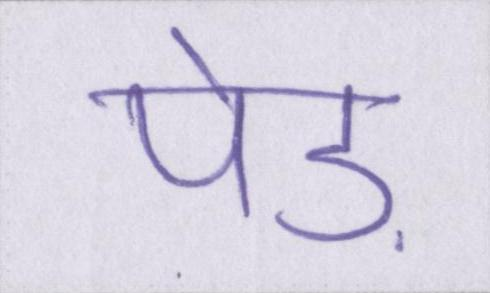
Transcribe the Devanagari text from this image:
पेड़